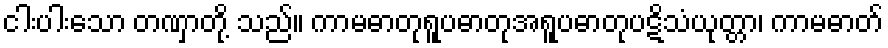
ငါးပါးသော တဏှာတို့ သည်။ ကာမဓာတုရူပဓာတုအရူပဓာတုပဋိသံယုတ္တာ၊ ကာမဓာတ်